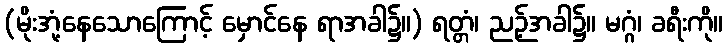
(မိုးအုံ့နေသောကြောင့် မှောင်နေ ရာအခါ၌။) ရတ္တံ၊ ညဉ့်အခါ၌။ မဂ္ဂံ၊ ခရီးကို။